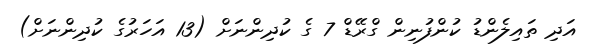
އަދި ތައިލެންޑު ކުންފުނިން ގްރޭޑް 7 ގެ ކުދިންނަށް (13 އަހަރުގެ ކުދިންނަށް)